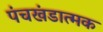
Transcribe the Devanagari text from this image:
पंचखंडात्मक